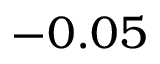
- 0 . 0 5